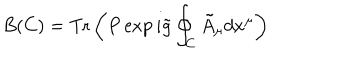
LaTeX: B ( C ) = \mathrm { T r } \left( P \exp i \tilde { g } \oint _ { C } \tilde { A } _ { \mu } d x ^ { \mu } \right)